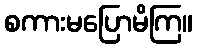
စကားမပြောမိကြ။